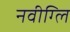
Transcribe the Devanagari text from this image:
नवीग्लि